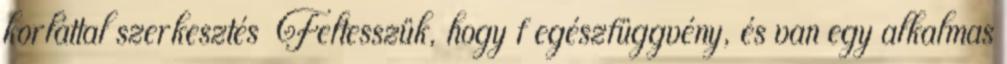
korláttal szerkesztés Feltesszük, hogy f egészfüggvény, és van egy alkalmas